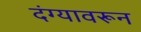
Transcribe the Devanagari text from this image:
दंग्यावरून